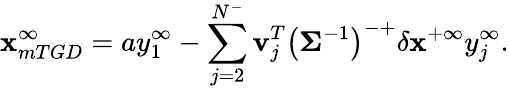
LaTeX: \mathbf{x}_{mTGD}^{\infty}=ay_{1}^{\infty}-\sum_{j=2}^{N^{-}}\mathbf{{v}}_{j}^{T}\left(\mathbf{{\Sigma}}^{-1}\right)^{-+}\delta\mathbf{{\mathbf{x}}}^{+\infty}y_{j}^{\infty}.